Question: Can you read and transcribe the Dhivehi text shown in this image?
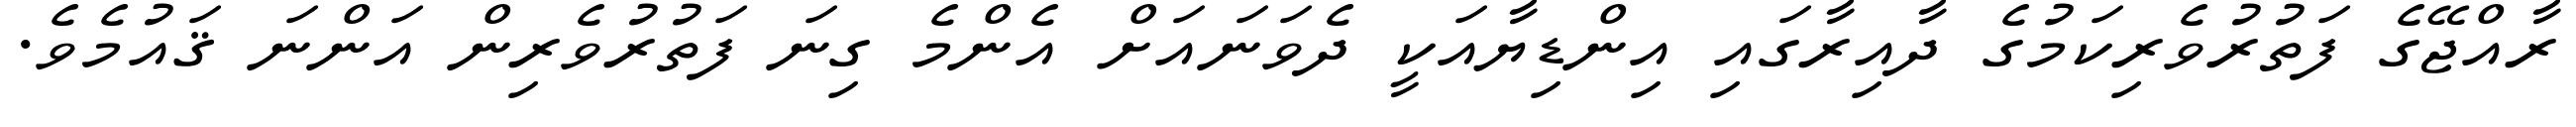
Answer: ރާއްޖޭގެ ފަތުރުވެރިކަމުގެ ދާއިރާގައި އިންޑިޔާއަކީ ދެވަނައަށް އެންމެ ގިނަ ފަތުރުވެރިން އަންނަ ޤައުމެވެ.